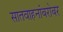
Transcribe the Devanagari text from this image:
सातवाहनांबरोबर